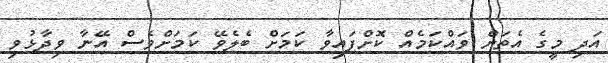
އަދި މީގެ އެތަށް ވައްކަމެއް ކޮށްފައިވާ ކަމަށް ބެލެވޭ ކަމަށްވެސް އޭނާ ވިދާޅުވި